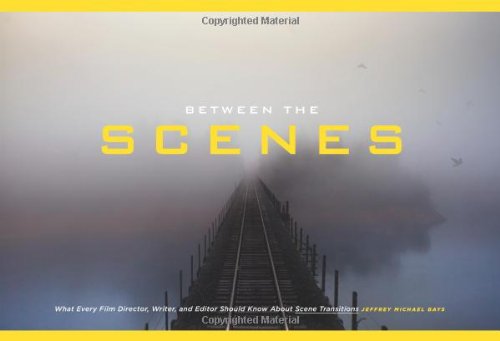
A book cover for Between the Scenes: What Every Film Director, Writer, and Editor Should Know About Scene Transitions; Jeffrey Michael Bays; Humor & Entertainment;